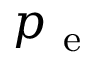
p _ { \mathrm { ~ e ~ } }